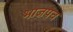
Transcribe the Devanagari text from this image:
भाजपच